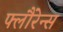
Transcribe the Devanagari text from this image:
फ्लौरेन्स